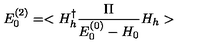
E _ { 0 } ^ { ( 2 ) } = < H _ { h } ^ { \dagger } \frac { \Pi } { E _ { 0 } ^ { ( 0 ) } - H _ { 0 } } H _ { h } >